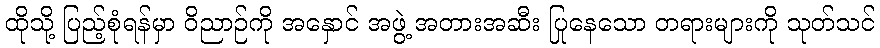
ထိုသို့ ပြည့်စုံရန်မှာ ဝိညာဉ်ကို အနှောင် အဖွဲ့ အတားအဆီး ပြုနေသော တရားများကို သုတ်သင်